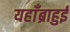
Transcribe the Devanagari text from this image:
यहाँब्राहुई